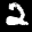
Label: 2